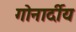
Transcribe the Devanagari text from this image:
गोनार्दीय